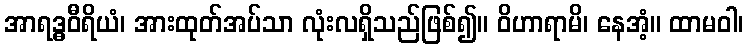
အာရဒ္ဓဝီရိယံ၊ အားထုတ်အပ်သာ လုံးလရှိသည်ဖြစ်၍။ ဝိဟာရာမိ၊ နေအံ့။ ထာမဝါ၊